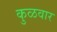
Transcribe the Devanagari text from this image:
कुळवार